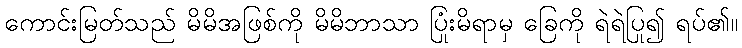
ကောင်းမြတ်သည် မိမိအဖြစ်ကို မိမိဘာသာ ပြုံးမိရာမှ ခြေကို ရဲရဲပြု၍ ရပ်၏။